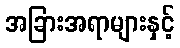
အခြားအရာများနှင့်